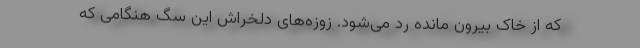
که از خاک بیرون مانده رد می‌شود. زوزه‌های دلخراش این سگ هنگامی که